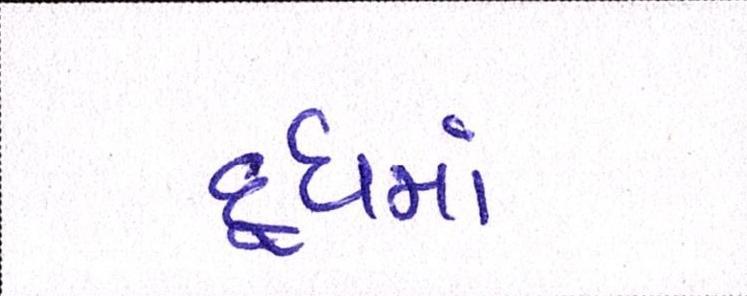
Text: દૂધમાં